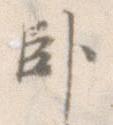
臥